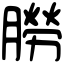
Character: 朥